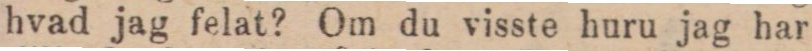
hvad jag felat? Om du visste huru jag har